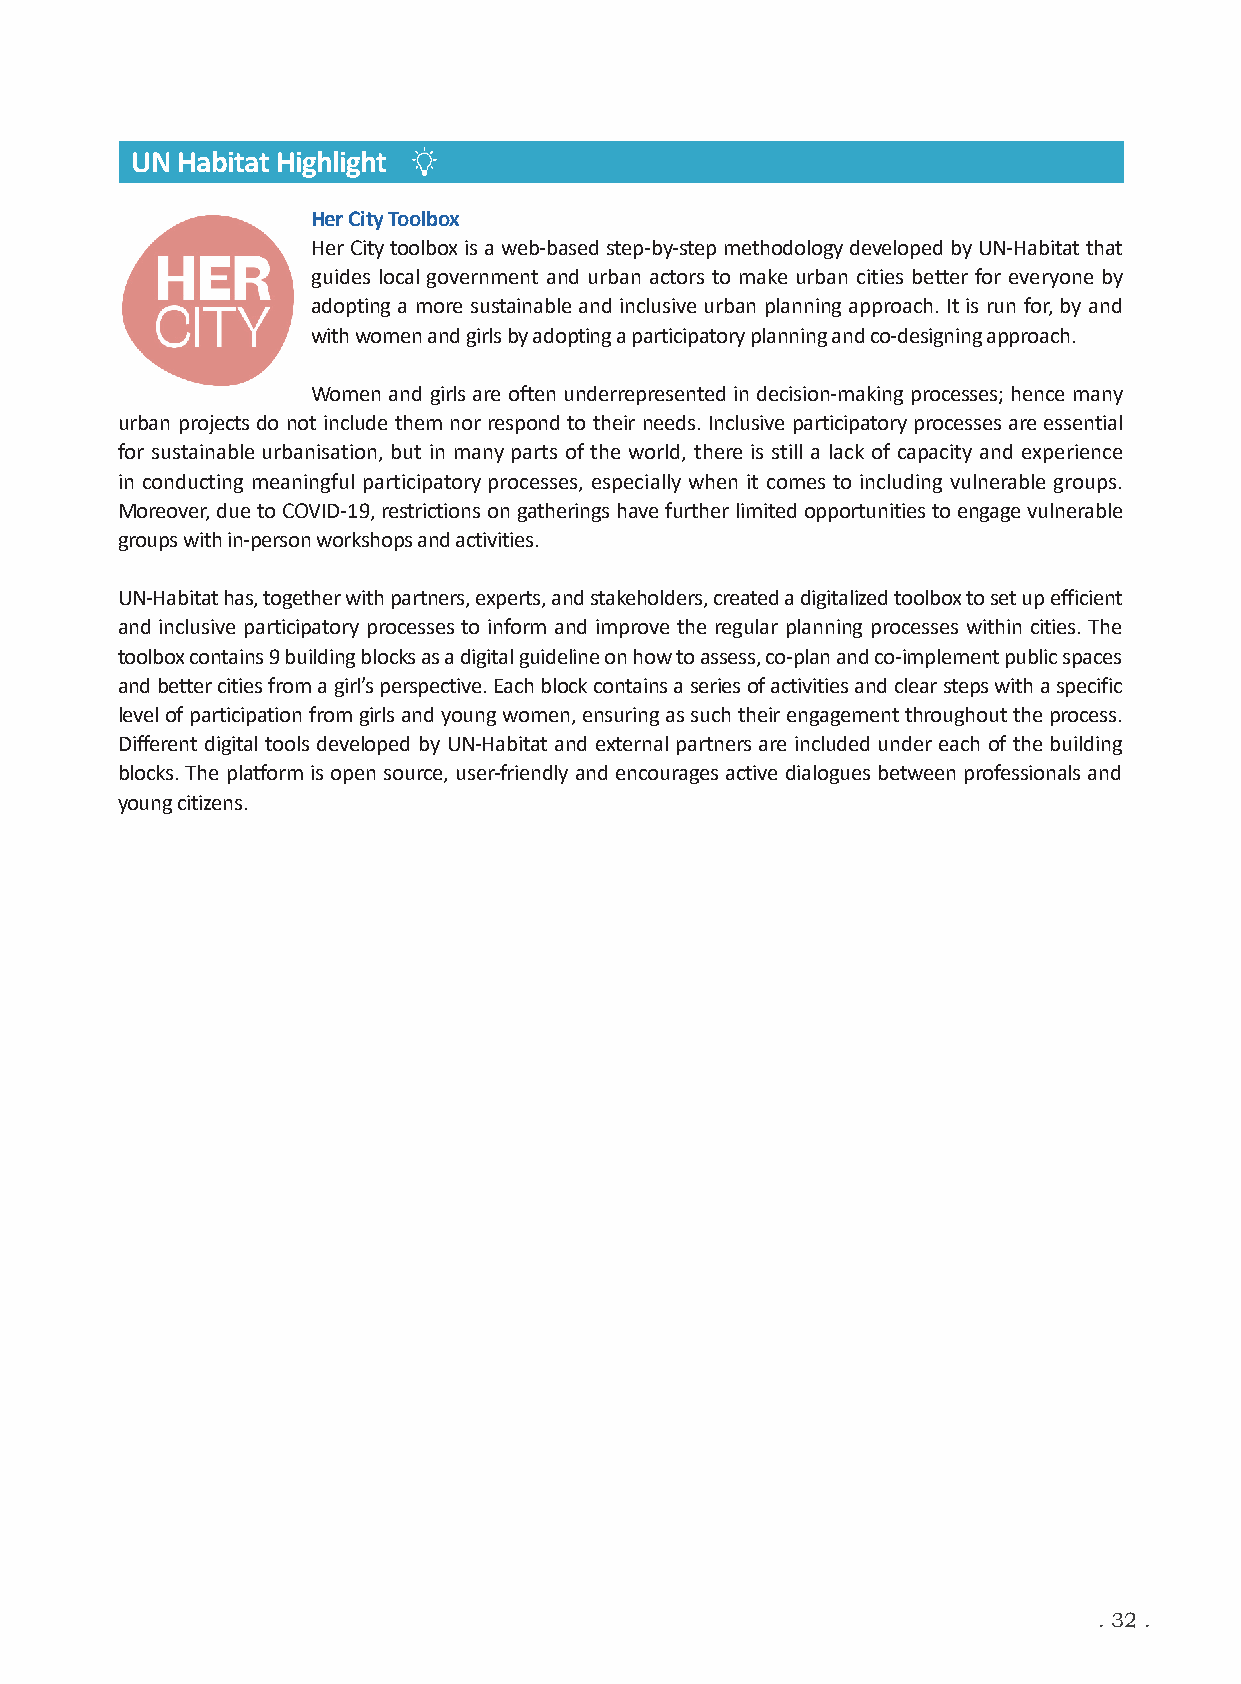
UN Habitat Highlight
 Her City Toolbox
 Her City toolbox is a web-based step-by-step methodology developed by UN-Habitat that
 guides local government and urban actors to make urban cities better for everyone by
 adopting a more sustainable and inclusive urban planning approach. It is run for, by and
 with women and girls by adopting a participatory planning and co-designing approach.
 Women and girls are often underrepresented in decision-making processes; hence many
 urban projects do not include them nor respond to their needs. Inclusive participatory processes are essential
 for sustainable urbanisation, but in many parts of the world, there is still a lack of capacity and experience
 in conducting meaningful participatory processes, especially when it comes to including vulnerable groups.
 Moreover, due to COVID-19, restrictions on gatherings have further limited opportunities to engage vulnerable
 groups with in-person workshops and activities.
 UN-Habitat has, together with partners, experts, and stakeholders, created a digitalized toolbox to set up efficient
 and inclusive participatory processes to inform and improve the regular planning processes within cities. The
 toolbox contains 9 building blocks as a digital guideline on how to assess, co-plan and co-implement public spaces
 and better cities from a girl’s perspective. Each block contains a series of activities and clear steps with a specific
 level of participation from girls and young women, ensuring as such their engagement throughout the process.
 Different digital tools developed by UN-Habitat and external partners are included under each of the building
 blocks. The platform is open source, user-friendly and encourages active dialogues between professionals and
 young citizens.
 . 32 .